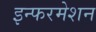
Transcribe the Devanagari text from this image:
इन्फरमेशन